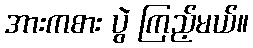
အားကစား ပွဲ ကြည့်မယ်။